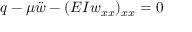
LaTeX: q - \mu { \ddot { w } } - ( E I w _ { x x } ) _ { x x } = 0